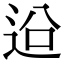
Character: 𨒄